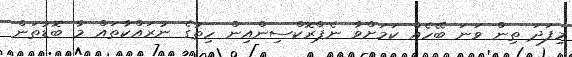
މިފަދަ ތިން ވަނަ ބޭހެއް ކަމަށްވާ ނެޕްރޮކްސިންއިން ހިތުގެ ނުރައްކާތައް މާ ބޮޑުތަން